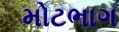
મોટભાગ